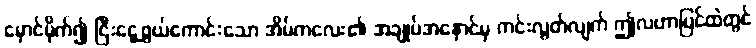
မှောင်မိုက်၍ ငြီးငွေ့ဖွယ်ကောင်းသော အိမ်ကလေး၏ အချုပ်အနှောင်မှ ကင်းလွတ်လျက် ဤလဟာပြင်ထဲတွင်